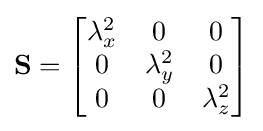
\mathbf {S} ={\begin{bmatrix}\lambda _{x}^{2}&0&0\\0&\lambda _{y}^{2}&0\\0&0&\lambda _{z}^{2}\end{bmatrix}}